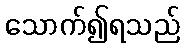
သောက်၍ရသည်